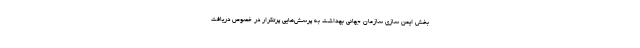
بخش ایمن سازی سازمان جهانی بهداشت به پرسش‌هایی پرتکرار در خصوص دریافت